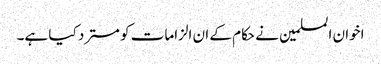
اخوان المسلمین نے حکام کے ان الزامات کو مسترد کیا ہے۔